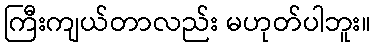
ကြီးကျယ်တာလည်း မဟုတ်ပါဘူး။